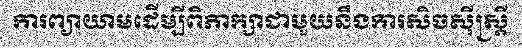
ការព្យាយាមដើម្បីពិភាក្សាជាមួយនឹងការសិចស៊ីស្ត្រី